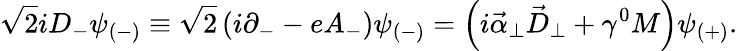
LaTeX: \sqrt{2}iD_{-}\psi_{(-)}\equiv\sqrt{2}\left(i\partial_{-}-eA_{-}\right)\psi_{(-)}=\left(i{\vec{\alpha}}_{\perp}{\vec{D}}_{\perp}+\gamma^{0}M\right)\psi_{(+)}.